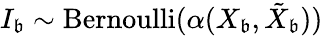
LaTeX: I_{\mathfrak{b}}\sim\mathrm{{Bernoulli}}(\alpha(X_{\mathfrak{b}},\tilde{{X}}_{\mathfrak{b}}))